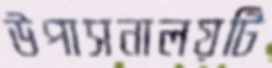
উপাসনালয়টি